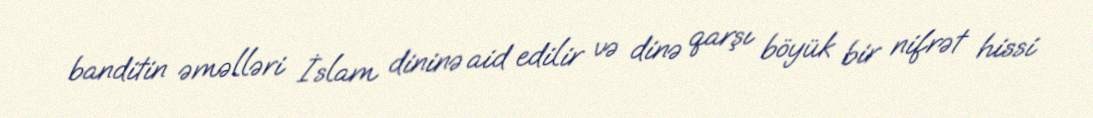
banditin əməlləri İslam dininə aid edilir və dinə qarşı böyük bir nifrət hissi